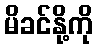
မိခင်နို့ကို